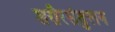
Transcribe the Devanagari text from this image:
शरीरसंतुलन